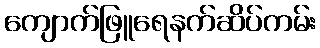
ကျောက်ဖြူရေနက်ဆိပ်ကမ်း